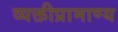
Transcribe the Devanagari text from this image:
व्यक्तीप्रामाण्य